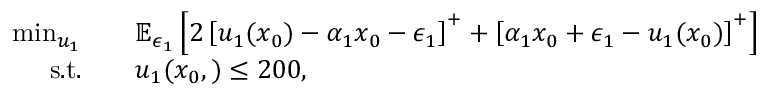
\begin{array} { r l } { \operatorname* { m i n } _ { u _ { 1 } } \quad } & { \mathbb { E } _ { \epsilon _ { 1 } } \left[ 2 \left[ u _ { 1 } ( x _ { 0 } ) - \alpha _ { 1 } x _ { 0 } - \epsilon _ { 1 } \right] ^ { + } + \left[ \alpha _ { 1 } x _ { 0 } + \epsilon _ { 1 } - u _ { 1 } ( x _ { 0 } ) \right] ^ { + } \right] } \\ { \mathrm { s . t . } \quad } & { u _ { 1 } ( x _ { 0 } , ) \leq 2 0 0 , } \end{array}